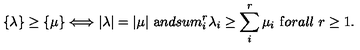
\{ \lambda \} \geq \{ \mu \} \Longleftrightarrow | \lambda | = | \mu | \ { \mathrm { a } n d } s u m _ { i } ^ { r } \lambda _ { i } \geq \sum _ { i } ^ { r } \mu _ { i } \ { \mathrm { f } o r a l l } \ r \geq 1 .